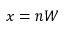
x = n W